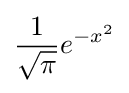
{\frac {1}{\sqrt {\pi }}}e^{-x^{2}}